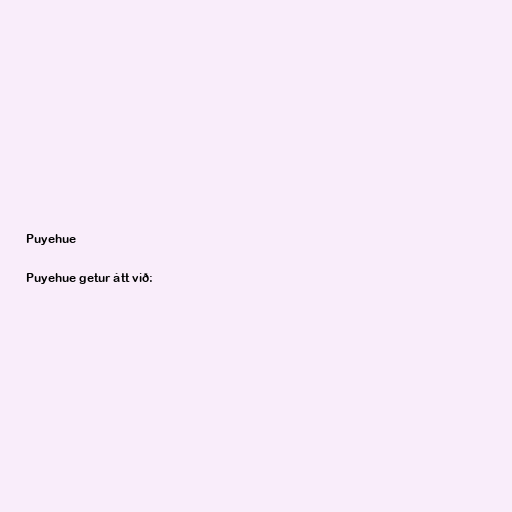
Puyehue

Puyehue getur átt við: